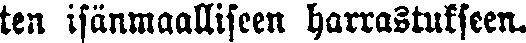
ten isänmaalliseen harrastukseen.